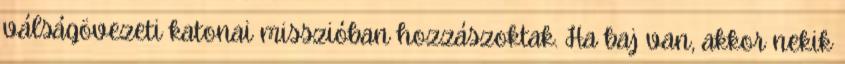
válságövezeti katonai misszióban hozzászoktak. Ha baj van, akkor nekik